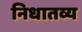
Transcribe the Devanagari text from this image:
निधातव्य